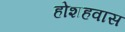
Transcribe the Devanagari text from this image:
होशहवास